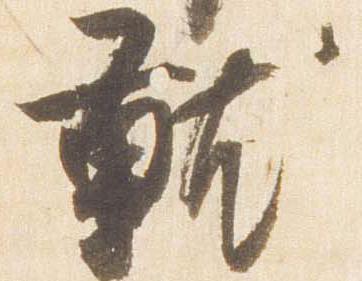
就